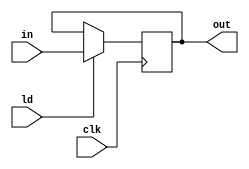
`timescale 1ns / 1ps
//////////////////////////////////////////////////////////////////////////////////
// Company: 
// Engineer: 
// 
// Design Name: 
// Module Name:    REGISTER 
// Project Name: 
// Target Devices: 
// Tool versions: 
// Description: 
//
// Dependencies: 
//
// Revision: 
// Revision 0.01 - File Created
// Additional Comments: 
//
//////////////////////////////////////////////////////////////////////////////////
module REGISTER(in,clk,out,ld);
	input[15:0] in;
	input clk,ld;
	output[15:0] out;
	reg[15:0] out;
	initial begin
		out=16'b0;
	end
	always@(negedge clk)
	begin
		if(ld)
				out=in;
		else
				out=out;
		
	end
endmodule